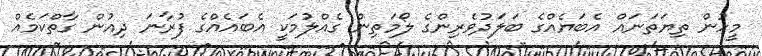
މީހުން ތިޔަތަނައް އެބަޔެއްގެ ބަލަދުވެރިންގެ ލޯމަތިން ގެއްލުމަކީ އެބައެއްގެ ފުރާނަ ދިއުން ގާތްކަމެއް